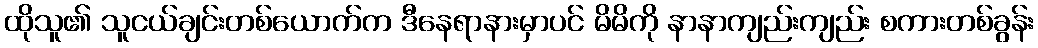
ထိုသူ၏ သူငယ်ချင်းတစ်ယောက်က ဒီနေရာနားမှာပင် မိမိကို နာနာကျည်းကျည်း စကားတစ်ခွန်း